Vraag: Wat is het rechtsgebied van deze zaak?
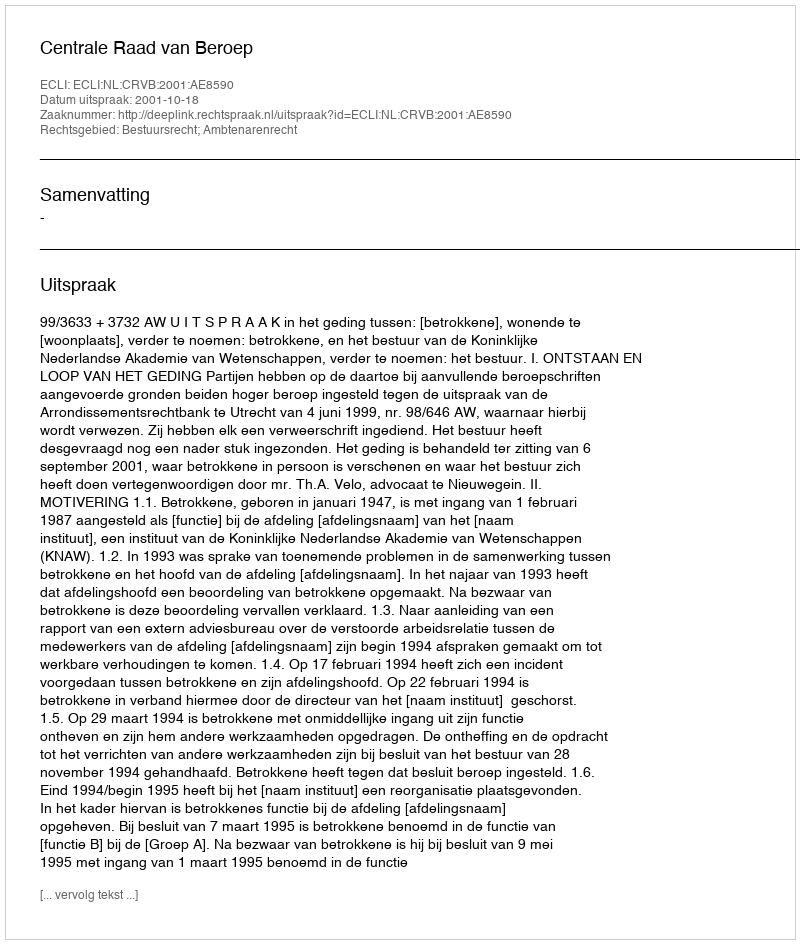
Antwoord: Bestuursrecht; Ambtenarenrecht